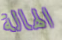
الهالة